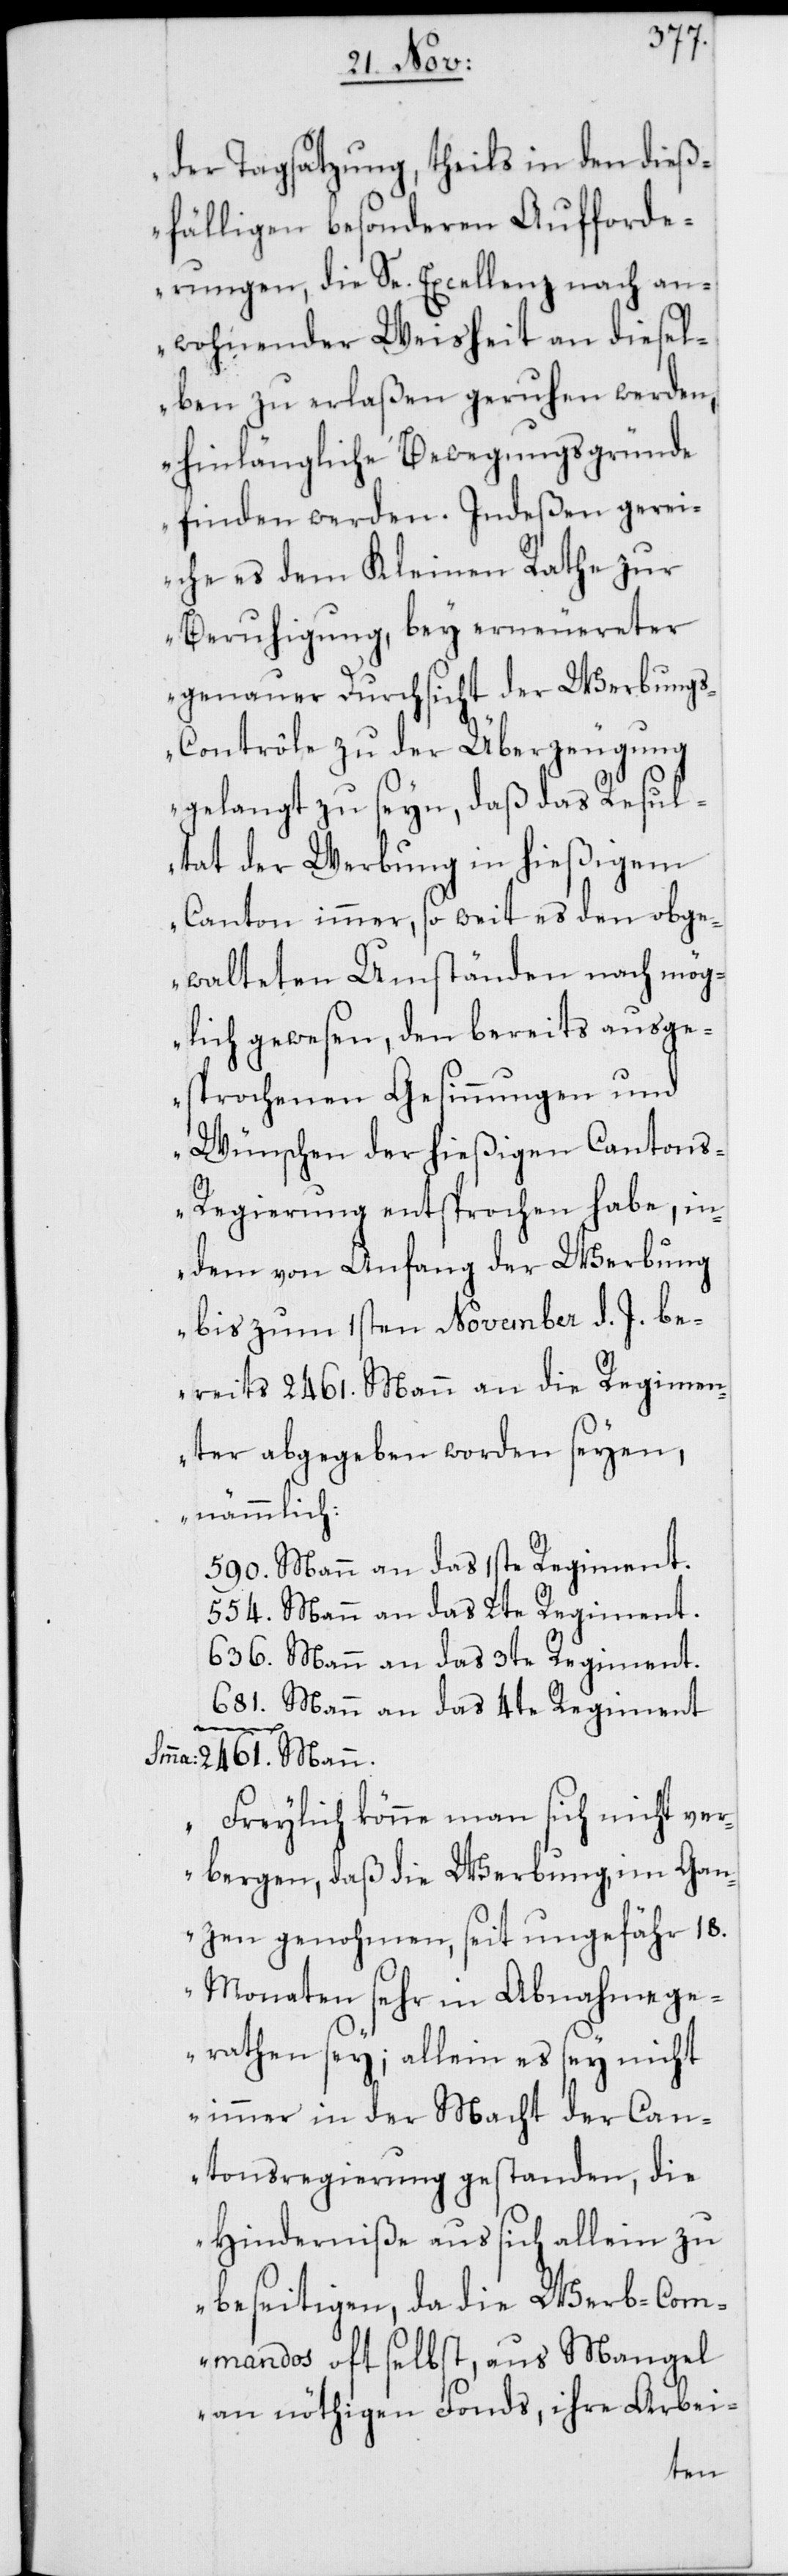
der Tagsatzung, theils in den dieß¬
fälligen besonderen Aufforde¬
rungen, die Se. Excellenz nach an¬
wohnender Weisheit an diesel¬
ben zu erlaßen geruhen werden,
hinlängliche Bewegungsgründe
finden werden. Indeßen gerei¬
che es dem Kleinen Rathe zur
Beruhigung, bey erneuereter
genauer Durchsicht der Werbung¬
s-Contrôle zu der Überzeugung
gelangt zu seyn, daß das Resul¬
tat der Werbung in hießigem
Canton immer, so weit es den obge¬
walteten Umständen nach mög¬
lich gewesen, den bereits ausge¬
sprochenen Gesinnungen und
Wünschen der hießigen Canton¬
s-Regierung entsprochen habe, in¬
dem von Anfang der Werbung
bis zum 1sten November d. J. be¬
reits 2461. Mann an die Regimen¬
ter abgegeben worden seyen,
nämmlich:
590. Mann an das 1ste Regiment.
554. Mann an das 2te Regiment.
636. Mann an das 3te Regiment.
681. Mann an das 4te Regiment.
Smma
2461. Mann.
Freylich könne man sich nicht ver¬
bergen, daß die Werbung, im Gan¬
zen genohmen, seit ungefähr 18.
Monaten sehr in Abnahme ge¬
rathen sey; allein es sey nicht
immer in der Macht der Can¬
tonsregierung gestanden, die
Hinderniße aus sich allein zu
beseitigen, da die Werb-Com¬
mandos oft selbst, aus Mangel
an nöthigen Fonds, ihre Arbei-